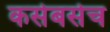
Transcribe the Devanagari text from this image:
कसेबसेच